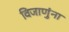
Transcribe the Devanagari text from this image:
विजाणुंना